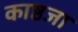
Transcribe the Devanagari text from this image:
काष्ठजा